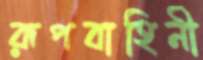
রূপবাহিনী